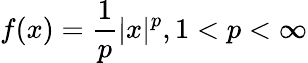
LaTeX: f(x)={\frac{1}{p}}|x|^{p},1<p<\infty